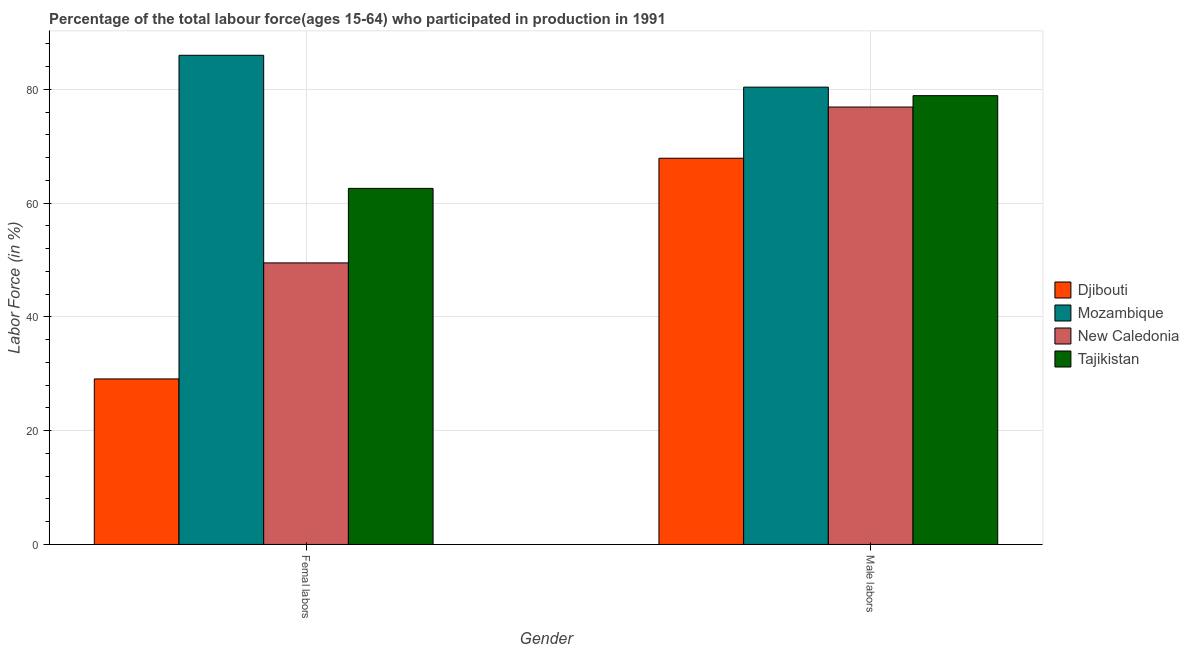
| Gender | Djibouti | Mozambique | New Caledonia | Tajikistan |
 | --- | --- | --- | --- | --- |
 | Femal labors | 29.1 | 86 | 49.5 | 62.6 |
 | Male labors | 67.9 | 80.4 | 76.9 | 78.9 |